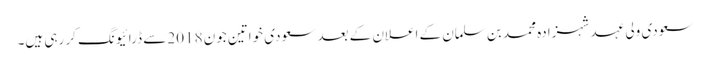
سعودی ولی عہد شہزادہ محمد بن سلمان کے اعلان کے بعد سعودی خواتین جون 2018 سے ڈرائیونگ کر رہی ہیں۔